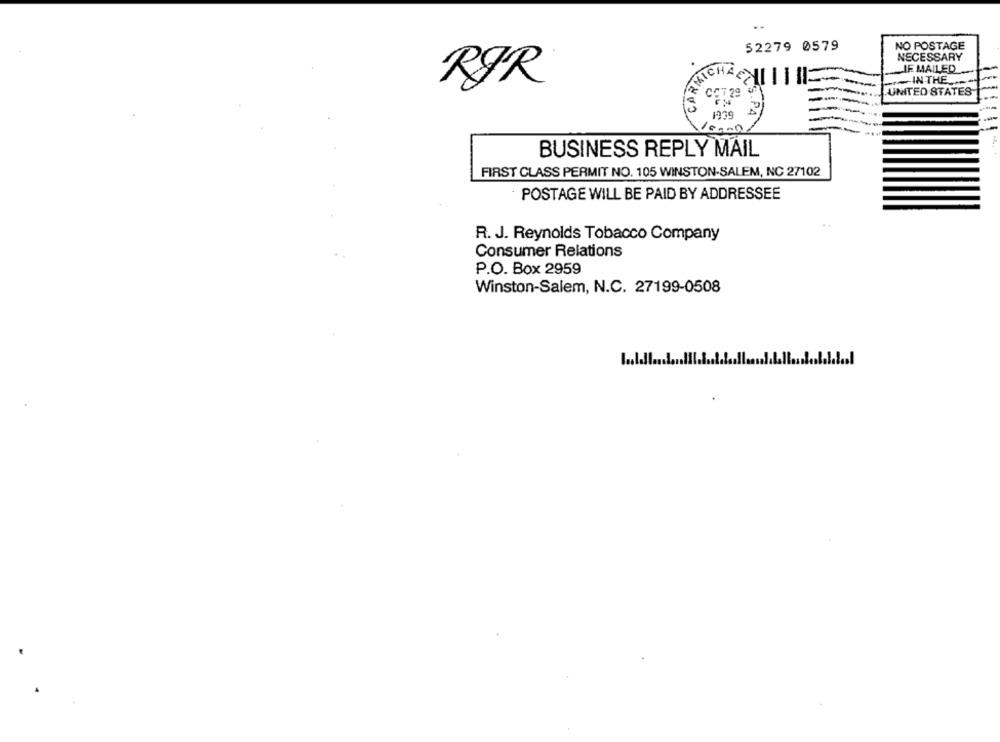
NO POSTAGE
52279 0579
NECESSARY
IF MAILED
AICHACHI II
IN THE ...
RØR
CCT29
UNITED STATES
1239
S.PA
BUSINESS REPLY MAIL
FIRST CLASS PERMIT NO. 105 WINSTON-SALEM, NC 27102
POSTAGE WILL BE PAID BY ADDRESSEE
R. J. Reynolds Tobacco Company
Consumer Relations
P.O. Box 2959
Winston-Salem, N.C. 27199-0508